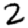
Digit: 2